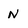
Character: n